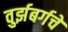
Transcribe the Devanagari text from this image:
वुर्झबर्गचे